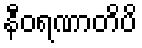
နီဝရဏာတိပိ